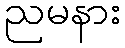
ညမနား